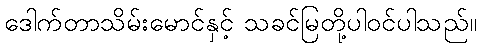
ဒေါက်တာသိမ်းမောင်နှင့် သခင်မြတို့ပါဝင်ပါသည်။